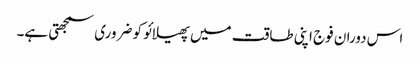
اس دوران فوج اپنی طاقت میں پھیلائو کو ضروری سمجھتی ہے۔